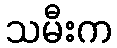
သမီးက